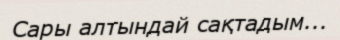
Сары алтындай сақтадым...